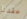
عقدنا